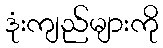
ဒုံးကျည်များကို